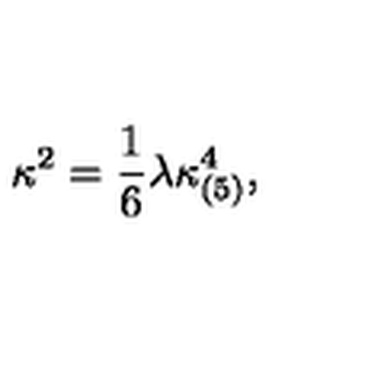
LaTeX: \kappa ^ { 2 } = \frac { 1 } { 6 } \lambda \kappa _ { ( 5 ) } ^ { 4 } ,